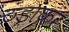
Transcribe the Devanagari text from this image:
ठंड़ाकर